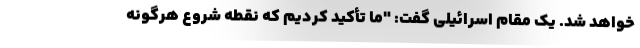
خواهد شد. یک مقام اسرائیلی گفت: "ما تأکید کردیم که نقطه شروع هرگونه